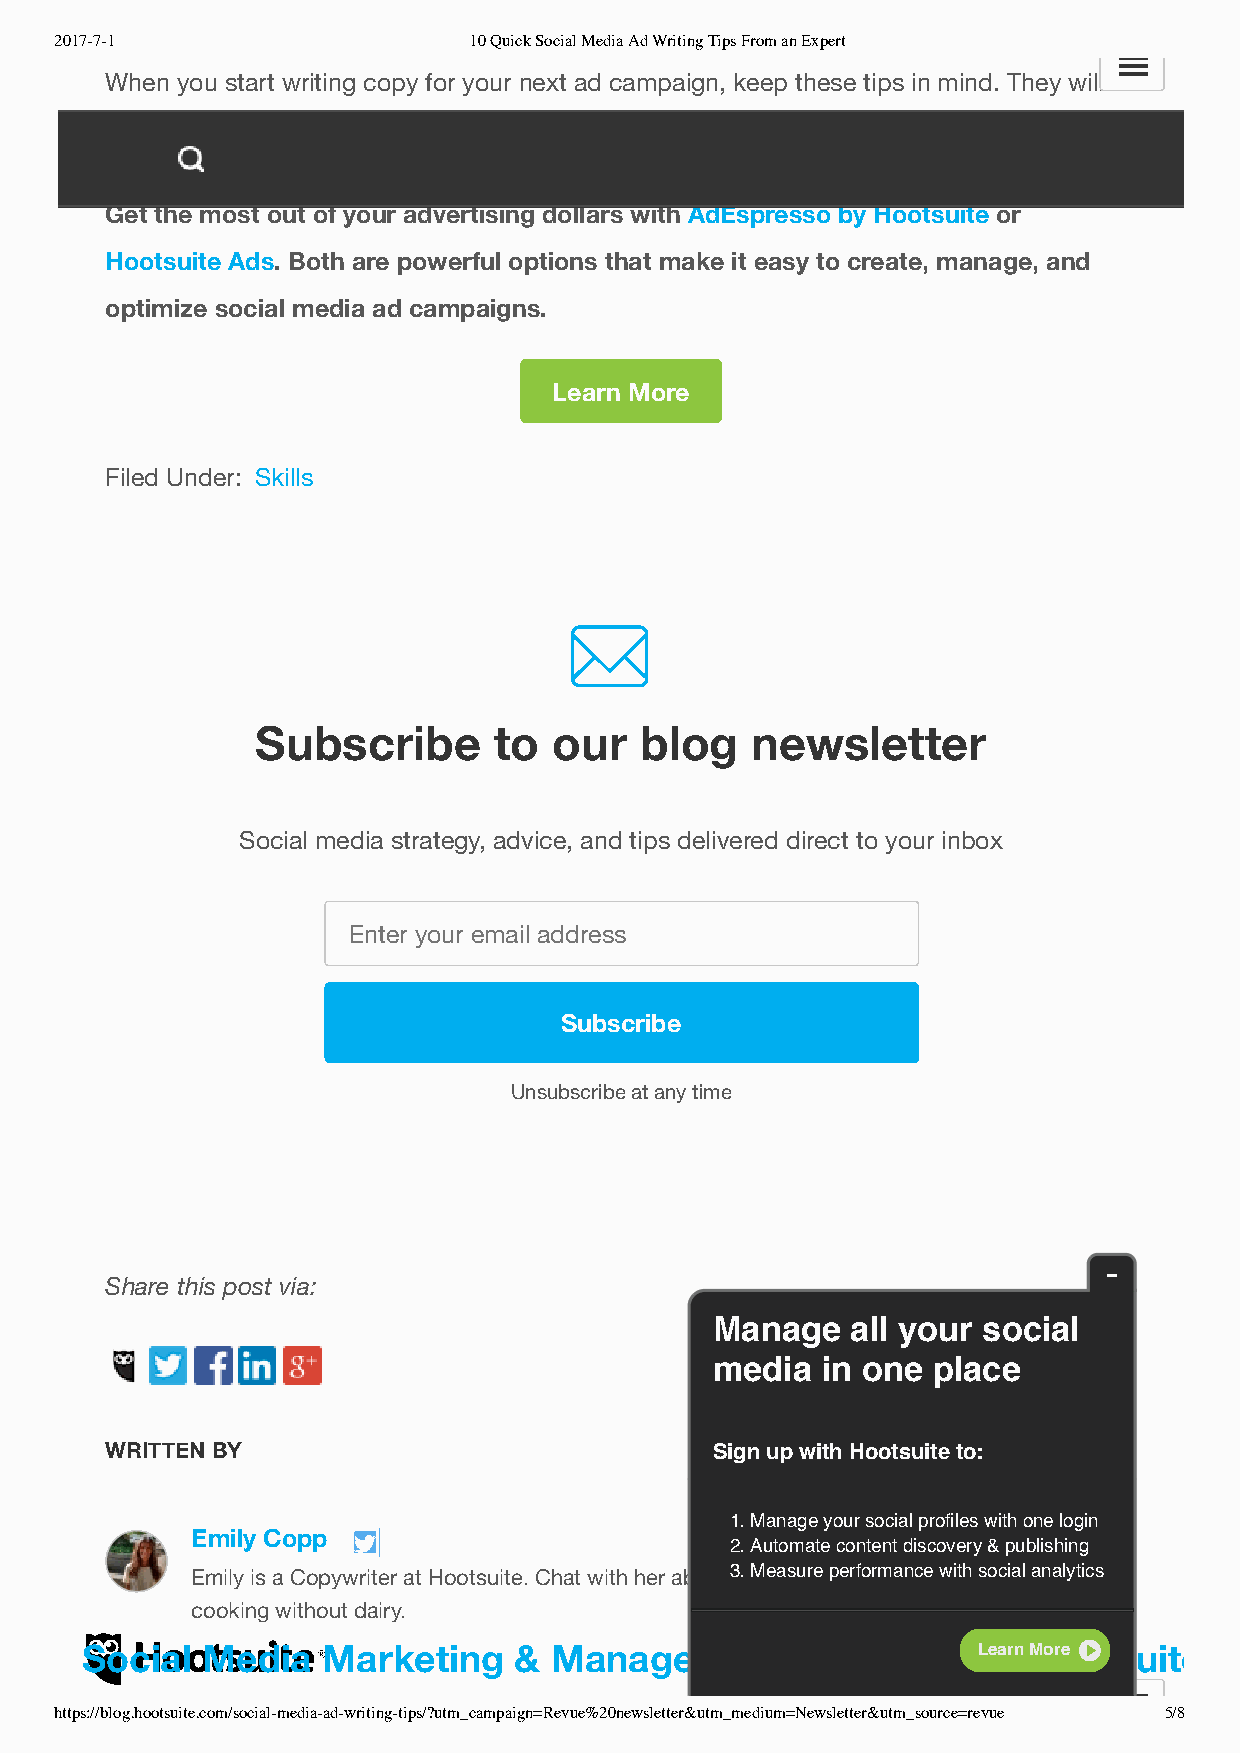
2017-7-1                   10 Quick Social Media Ad Writing Tips From an Expert
 When you start writing copy for your next ad campaign, keep these tips in mind. They will
 help you refine your social ads and produce better results.
 Get the most out of your advertising dollars with AdEspresso by Hootsuite or
 Hootsuite Ads. Both are powerful options that make it easy to create, manage, and
 optimize social media ad campaigns.
 Learn More
 Filed Under: Skills
 
 Subscribe       to  our  blog    newsletter
 Social media strategy, advice, and tips delivered direct to your inbox
 Enter your email address
 Subscribe
 Unsubscribe at any time
 Share this post via:
 Manage   all your social
 media  in one  place
 WRITTEN BY                              Sign up with Hootsuite to:
 1. Manage your social profiles with one login
 Emily Copp                        2. Automate content discovery & publishing
 Emily is a Copywriter at Hootsuite. Chat with her about 3c. oMnetaesnutr em paerrkfoertminagn,c ed iwgiittha sl osctriaalt aengayl,y taicnsd
 cooking without dairy.
 Social  Media   Marketing    & Management       DashboardLe  a-rn HMoroe otsuite
 https://blog.hootsuite.com/social-media-ad-writing-tips/?utm_campaign=Revue%20newsletter&utm_medium=Newsletter&utm_source=revue 5/8